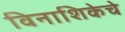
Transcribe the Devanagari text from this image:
विनाशिकेचे